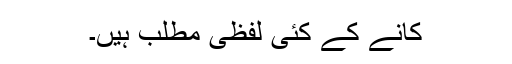
کانے کے کئی لفظی مطلب ہیں۔